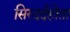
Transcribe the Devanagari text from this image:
सिरदर्दहोता